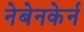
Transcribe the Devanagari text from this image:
नेबेनकेर्न